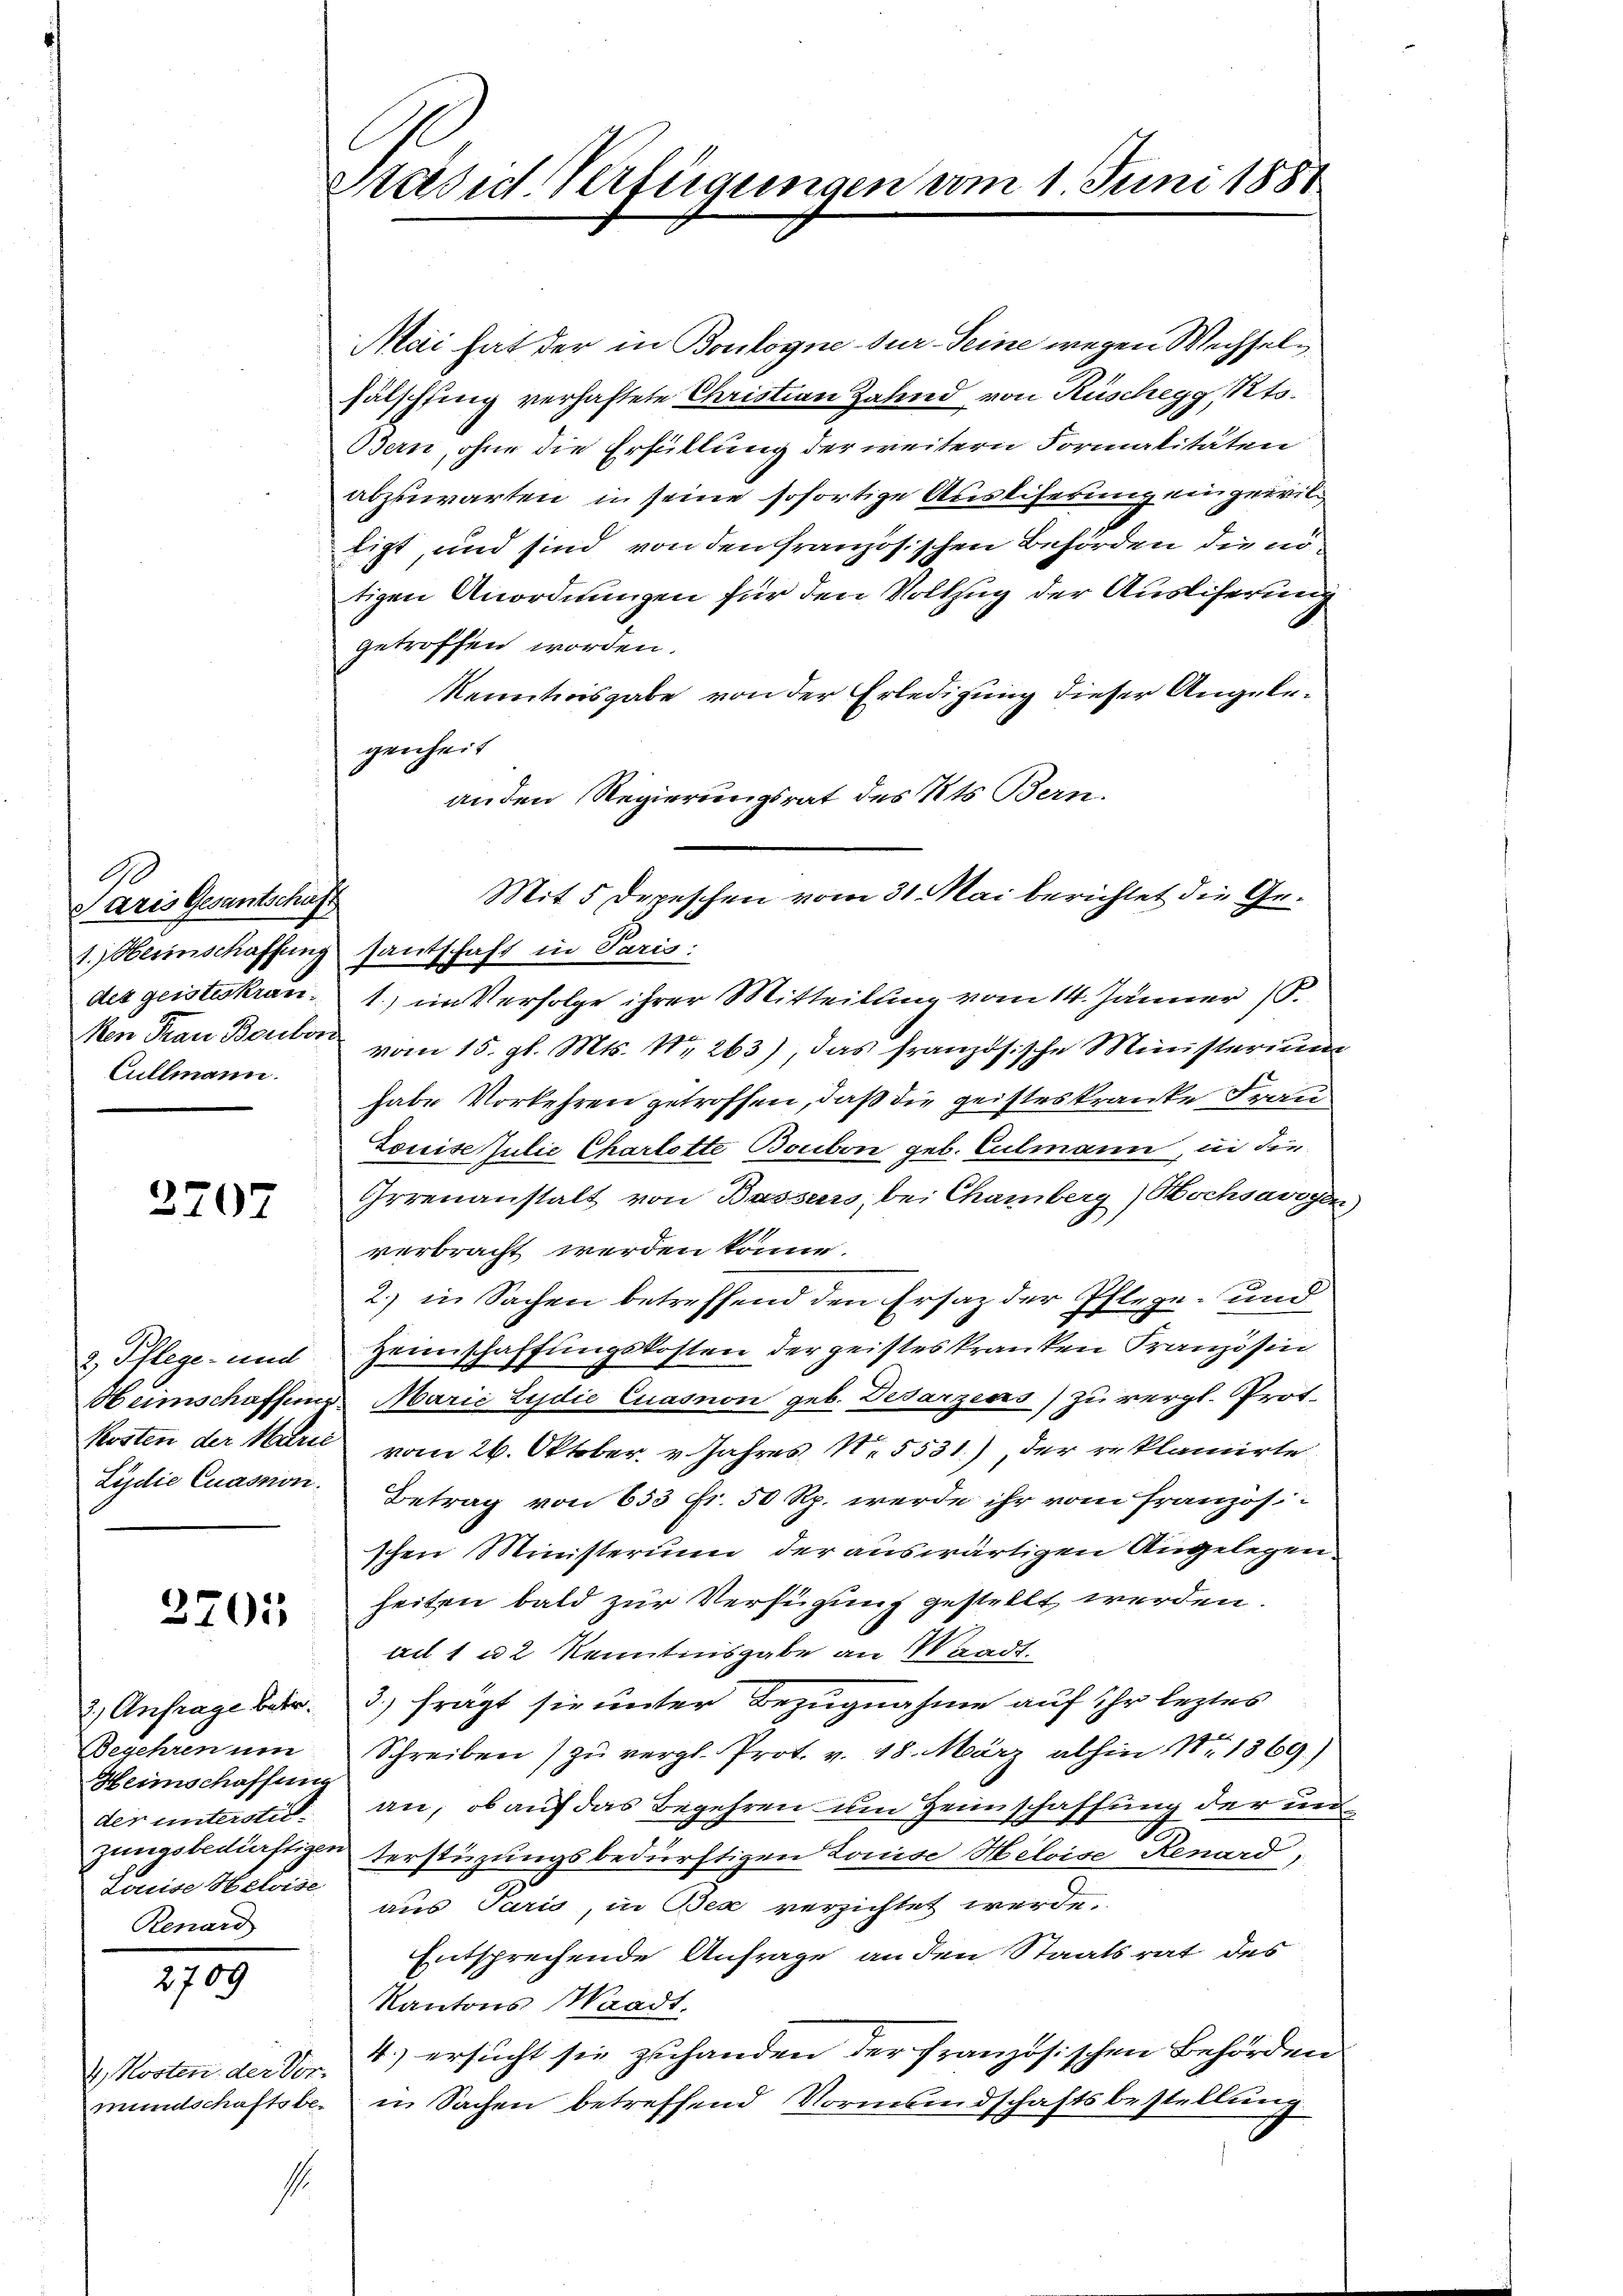
Paris Gesantschaft
Cullmann.

2707

2705

Heimschaffung
Louise Helwise
Renard

2709

4. Kosten der Vor¬

s

Stasus Verfügungen vom 1 Juni 1881

Mai hat der in Boulogne dur Seine wegen Wechsel
fälschfing verhaftete Christian Zahnd von Rüschegg, Kts.
Bern, ohne die Erfüllung der weitern Formalitäten
abzuwarten in seine sofortige Ausliferung eingewilligt, und sind von den französischen Behörden die nötigen Anordnungen für den Vollzug der Ausliferung
getroffen worden.
Kenntnisgabe von der Erledigung dieser Angelegenheit
anden Regierungsrat des Kts. Bern.
Mit 5 Depeschen vom 31. Mai berichtet die Ge¬
1.) Herinschaffung santschaft in Paris:
des geisteskran. 1) im Verfolge ihrer Mitteilung vom 14. Jänner 18
ken Frau Boulon vom 15. gl. Mts. Nr. 263), das französische Ministerium
habe Vorkehren getroffen, daß die geisteskranke Frau
Louisestulie Charlotte Boubon geb. Culmann, in die
Grrenanstalt von Bassers, bei Chamberg) Hochsarigen)
verbracht werden könne.
2.) in Sachen betreffend den Ersatz der Pflege und
2. Pflege- und Heimschaffŭngskosten der geisteskranken Kranzösin
Obeinschaffung Marie Ludie Cuasnon geb. Desarzens) zu vergl. Prot.
Kosten der Marić vom 26. Oktober. v. Jahres Nr. 5531), der reklamirte
Lydie Cuasnon. Betrag von 633 fr. 50 Rp. werde ihr vom französischen Ministerium der auswärtigen Angelegenheiten bald zur Verfügung gestellt werden.
ad 1 u 2 Kenntnisgabe an Waadt.
2) Anfrage betr. 3. frägt sie unter Bezugnahme auf ihr leztes
Begehren um Schreiben zŭ vergl. Prot. v. 18. März abhin Nr. 1869.)
der unterstit. an, ob auf das Begehren um Heimschaffung der un
zungsbedürftigen terstüzungsbedürftigen Louise Heloise Renard,
aus Paris, in Bex verzichtet werde.
Entsprechende Anfrage an den Staatsrat des
Kantons Waadt.
4.) ersucht sie zuhanden der französischen Behörden
mundschaftsbe. in Sachen betreffend Vormundschaftsbestellung.